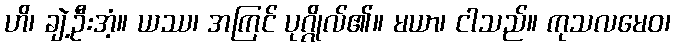
ဟိ၊ ချဲ့ဦးအံ့။ ယဿ၊ အကြင် ပုဂ္ဂိုလ်၏။ မယာ၊ ငါသည်။ ကုသလမေဝ၊